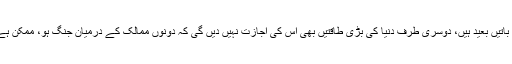
دونوں ممالک کے رہنماؤں سے یہ جنگ کی باتیں بعید ہیں، دوسری طرف دنیا کی بڑی طاقتیں بھی اس کی اجازت نہیں دیں گی کہ دونوں ممالک کے درمیان جنگ ہو، ممکن ہے کہ یہ جنگ ایٹمی جنگ میں تبدیل ہو جائے۔